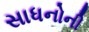
સાધનોની